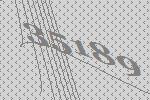
35189